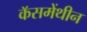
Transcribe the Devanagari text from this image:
कॅसमेंथीन